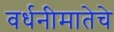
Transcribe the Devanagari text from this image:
वर्धनीमातेचे